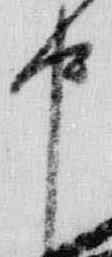
中